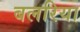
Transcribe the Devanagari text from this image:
बलरिया